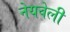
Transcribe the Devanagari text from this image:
नेयवेली